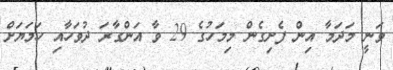
ވަނީ މަދަމާ އިން ފެށިގެން މިމަހުގެ 29 ވާ އަންގާރަ ދުވަހާއި ހަމަޔަށް